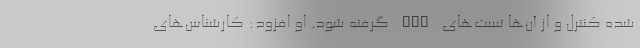
شده کنترل و از آن‌ها تست‌های PCR گرفته شود. او افزود: کارشناس‌های